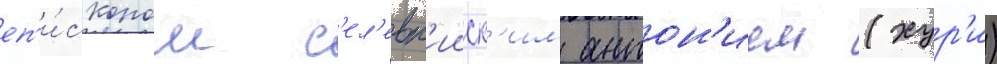
еп'и́скопом с'ел'евк'ииск'им антон'ием (хур'и)